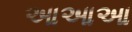
આઆઆ